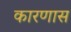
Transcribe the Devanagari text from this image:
कारणास